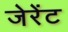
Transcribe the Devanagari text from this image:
जेरेंट